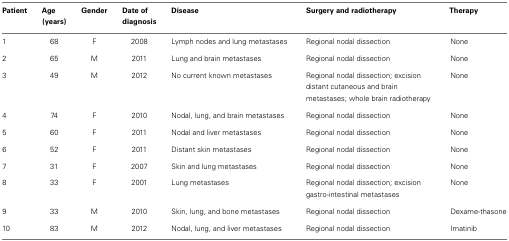
| Patient | Age (years) | Gender | Date of diagnosis | Disease | Surgery and radiotherapy | Therapy |
 | --- | --- | --- | --- | --- | --- | --- |
 | 1 | 68 | F | 2008 | Lymph nodes and lung metastases | Regional nodal dissection | None |
 | 2 | 65 | M | 2011 | Lung and brain metastases | Regional nodal dissection | None |
 | 3 | 49 | M | 2012 | No current known metastases | Regional nodal dissection; excision distant cutaneous and brain metastases; whole brain radiotherapy | None |
 | 4 | 74 | F | 2010 | Nodal, lung, and brain metastases | Regional nodal dissection | None |
 | 5 | 60 | F | 2011 | Nodal and liver metastases | Regional nodal dissection | None |
 | 6 | 52 | F | 2011 | Distant skin metastases | Regional nodal dissection | None |
 | 7 | 31 | F | 2007 | Skin and lung metastases | Regional nodal dissection | None |
 | 8 | 33 | F | 2001 | Lung metastases | Regional nodal dissection; excision gastro-intestinal metastases | None |
 | 9 | 33 | M | 2010 | Skin, lung, and bone metastases | Regional nodal dissection | Dexame-thasone |
 | 10 | 83 | M | 2012 | Nodal, lung, and liver metastases | Regional nodal dissection | Imatinib |